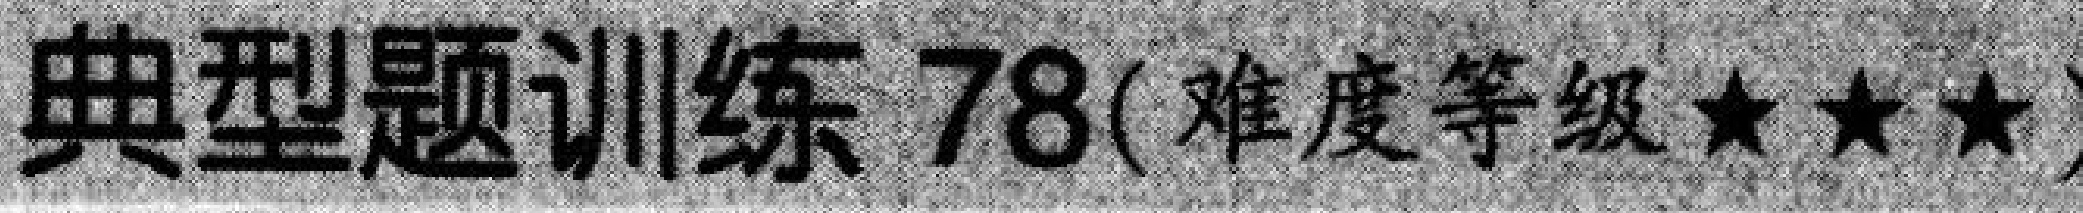
典型题训练 78(难度等级★★★)